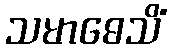
သမာဓေသိံ